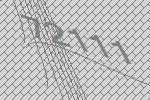
72111